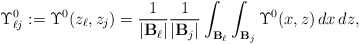
\begin{align*}\Upsilon_{\ell j}^0:=\Upsilon^0(z_\ell, z_j)=\frac{1}{|\mathbf{B}_\ell|}\frac{1}{|\mathbf{B}_j|}\int_{\mathbf{B}_\ell}\int_{\mathbf{B}_j}\Upsilon^0(x, z)\,dx\,dz,\end{align*}